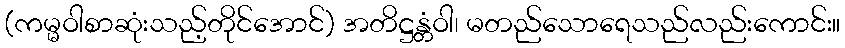
(ကမ္မဝါစာဆုံးသည့်တိုင်အောင်) အတိဋ္ဌန္တံဝါ၊ မတည်သောရေသည်လည်းကောင်း။